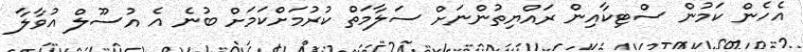
އެހެން ކަމުން ސްޓިކާއިން ރައްޔިތުންނަށް ސަލާމަތް ކުރުމަށްކަމަށް ބުނެ އެ އުސޫލް އުވާލާ